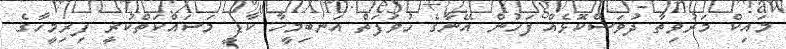
މައިކް މަރުވިތާ ދުވަސްކޮޅެއް ފަހުން އޭނާގެ ހުވަފަތް އަނބިމީހާ ކާޑީ މަސައްކަތްކުރީ ފިރިމީހާގެ